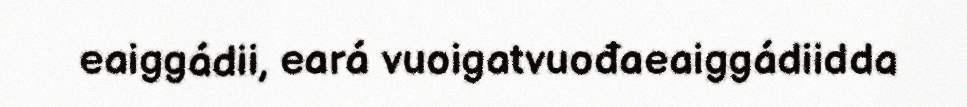
eaiggádii, eará vuoigatvuođaeaiggádiidda